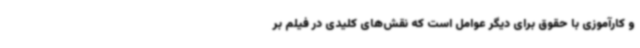
و کارآموزی با حقوق برای دیگر عوامل است که نقش‌های کلیدی در فیلم بر